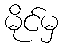
မိုင်မှ